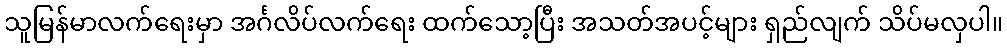
သူမြန်မာလက်ရေးမှာ အင်္ဂလိပ်လက်ရေး ထက်သော့ပြီး အသတ်အပင့်များ ရှည်လျက် သိပ်မလှပါ။